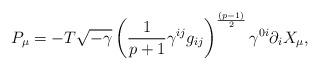
LaTeX: \begin{align*}P_\mu = - T \sqrt{-\gamma} \left( {1\over p+1} \gamma^{ij} g_{ij} \right)^{(p-1)\over 2}\gamma^{0i} \partial_i X_\mu,\end{align*}